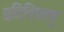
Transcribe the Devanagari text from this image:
प्रतिविषाणू